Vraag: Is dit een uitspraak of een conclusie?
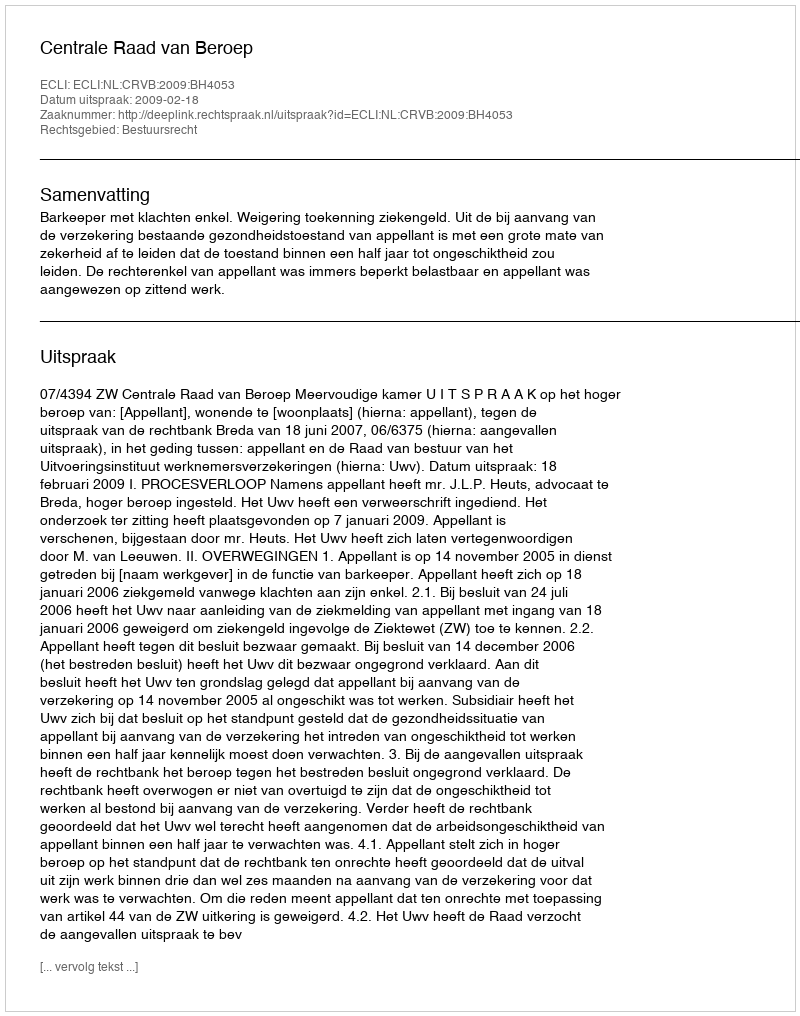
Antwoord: Uitspraak